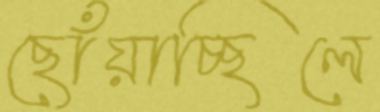
ছোঁয়াচ্ছিলে